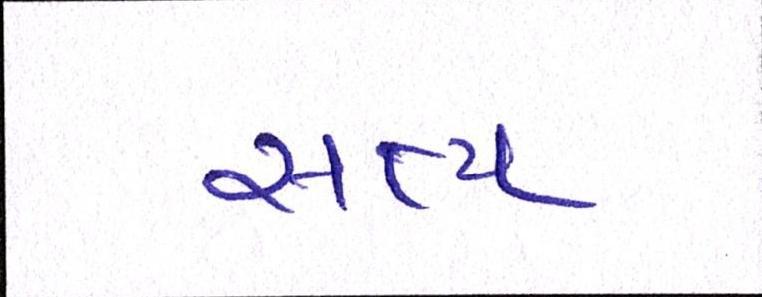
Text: સત્ય